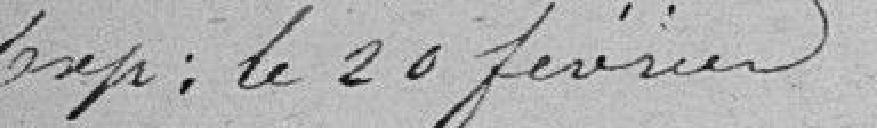
Exp : le 20 février.